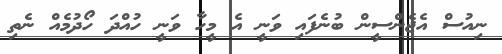
ނިއުސް އެޖެންސީން ބުނެފައި ވަނީ އެ މީހާ ވަނީ ހުއްދަ ހޯދުމެއް ނެތި